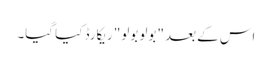
اس کے بعد "بولو بولو" ریکارڈ کیا گیا۔